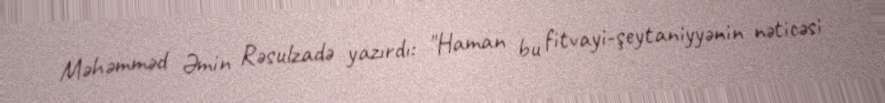
Məhəmməd Əmin Rəsulzadə yazırdı: "Haman bu fitvayi-şeytaniyyənin nəticəsi